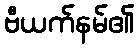
ဗီယက်နမ်၏